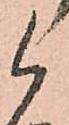
候